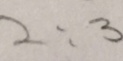
2 : 3